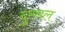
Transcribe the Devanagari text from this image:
दुरथल